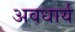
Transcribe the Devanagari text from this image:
अवधार्य